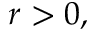
r > 0 ,